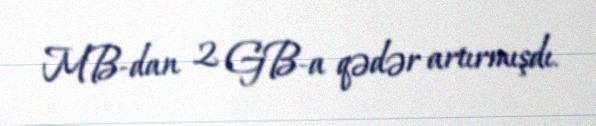
MB-dan 2 GB-a qədər artırmışdı.